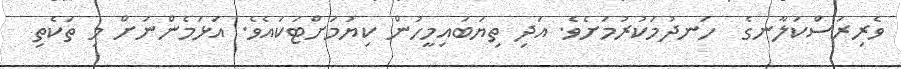
ވެރިރަސްކަލާނގެ  ހަނދުމަކުރުމަށެވެ. އަދި ތިޔަބައިމީހުން ކިޔުމަށްޓަކައެވެ. އަޅަމެންނަށް މި ތަކެތި